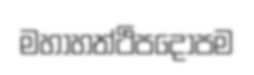
මහාහත්ථිපදෝපම